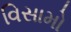
વિસામો